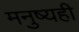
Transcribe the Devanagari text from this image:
मनुष्यही